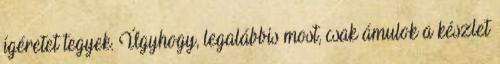
ígéretet tegyek. Úgyhogy, legalábbis most, csak ámulok a készlet